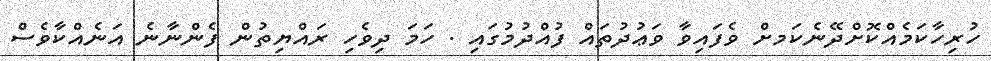
ހުރިހާކަމެއްކޮށްދޭނެކަމށް ވެފައިވާ ވަޢުދުތައް ފުއްދުމުގައި . ހަމަ ދިވެހި ރައްޔިތުން ފެންނާނެ އަނެއްކާވެސް